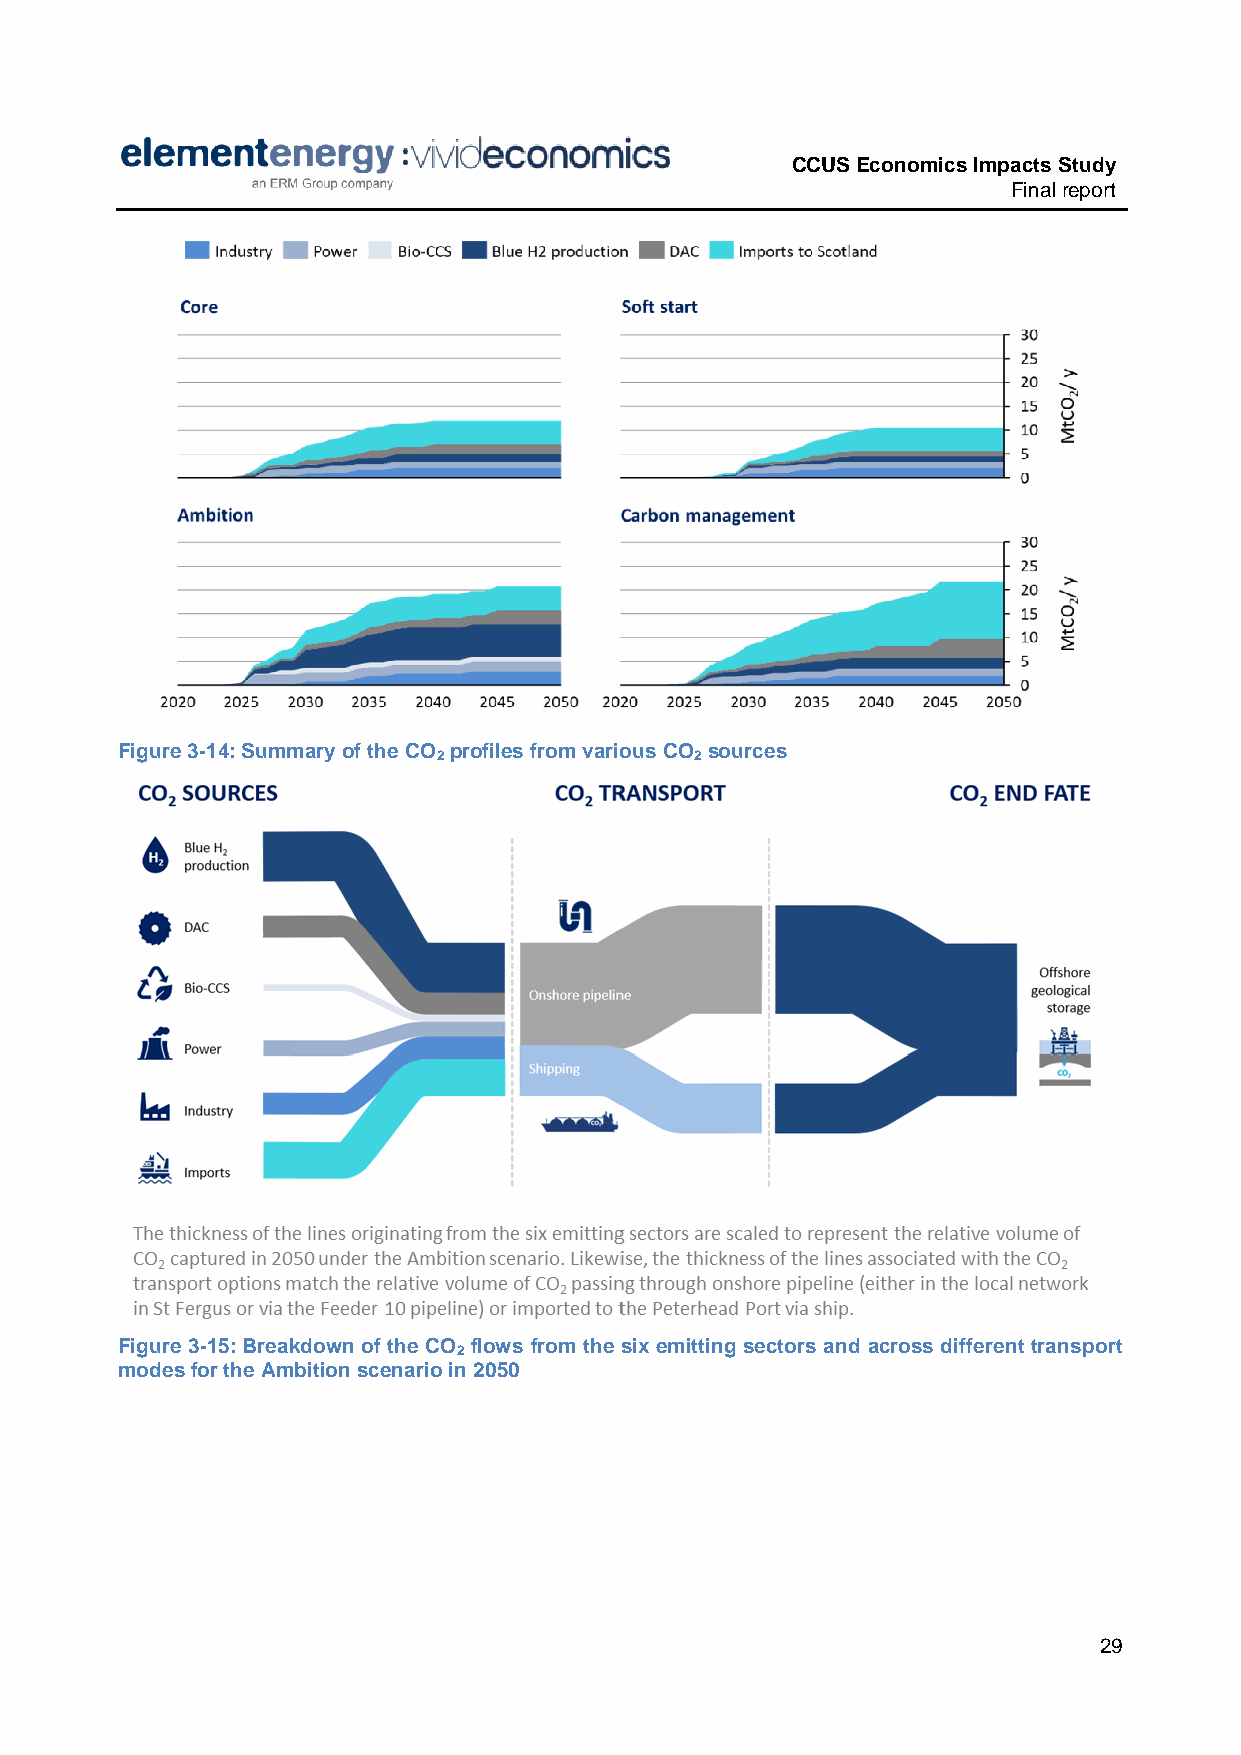
CCUS Economics Impacts Study
 Final report
 Figure 3-14: Summary of the CO profiles from various CO sources
 2                2
 Figure 3-15: Breakdown of the CO flows from the six emitting sectors and across different transport
 2
 modes for the Ambition scenario in 2050
 29